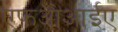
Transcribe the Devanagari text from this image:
एफओआईए